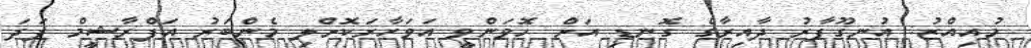
މުއިއްޒު: އުނގޫފާރު ދާއިރާގެ ގޮނޑި އަށް ހޮވަންވީ އަވަހާރަކޮށްލި މެންބަރު އަފްރާޝީމް ފަދަ